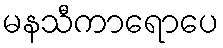
မနသီကာရောပေ